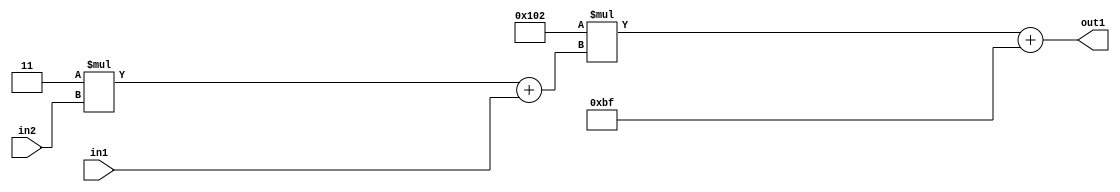
`timescale 1ps / 1ps
/*****************************************************************************
    Verilog RTL Description
    
    
    Created by: Stratus DpOpt 2019.1.01 
*******************************************************************************/

module DC_Filter_Add2i191Mul2i258Add2u1Mul2i3u2_4 (
	in2,
	in1,
	out1
	); /* architecture "behavioural" */ 
input [1:0] in2;
input  in1;
output [11:0] out1;
wire [11:0] asc001;
wire [3:0] asc002;

wire [3:0] asc002_tmp_0;
assign asc002_tmp_0 = 
	+(4'B0011 * in2);
assign asc002 = asc002_tmp_0
	+(in1);

wire [11:0] asc001_tmp_1;
assign asc001_tmp_1 = 
	+(12'B000100000010 * asc002);
assign asc001 = asc001_tmp_1
	+(12'B000010111111);

assign out1 = asc001;
endmodule

/* CADENCE  v7X3SQ0= : u9/ySgnWtBlWxVPRXgAZ4Og= ** DO NOT EDIT THIS LINE ******/